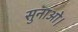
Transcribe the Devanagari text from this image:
सुनाओ।